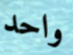
واحد